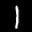
Label: 1